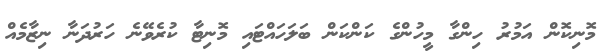
މޮނިކޮން އަމުރު ހިންގާ މީހުންގެ ކަންކަން ބަލަހައްޓައި މޮނިޓާ ކުރެވޭނެ ހަރުދަނާ ނިޒާމެއް